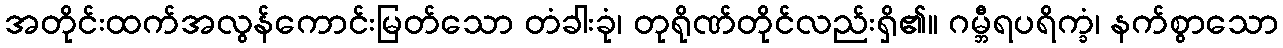
အတိုင်းထက်အလွန်ကောင်းမြတ်သော တံခါးခုံ၊ တုရိုဏ်တိုင်လည်းရှိ၏။ ဂမ္ဘီရပရိက္ခံ၊ နက်စွာသော